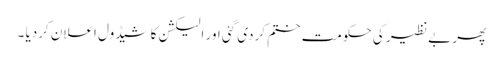
پھر بے نظیر کی حکومت ختم کردی گئی اور الیکشن کا شیڈول اعلان کردیا ۔